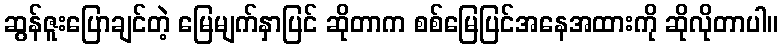
ဆွန်ဇူးပြောချင်တဲ့ မြေမျက်နှာပြင် ဆိုတာက စစ်မြေပြင်အနေအထားကို ဆိုလိုတာပါ။